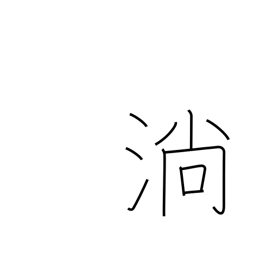
Meaning: flow